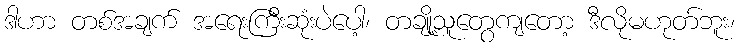
ဒါဟာ တစ်အချက် အရေးကြီးဆုံးပဲပေါ့၊ တချို့သူတွေကျတော့ ဒီလိုမဟုတ်ဘူး၊